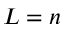
L = n